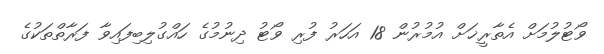
ވޯޓުލުމަށް އެތާރީޚަށް އުމުރުން 18 އަހަރު ފުރި ވޯޓު ދިނުމުގެ ހައްގުލިބިފައިވާ ފަރާތްތަކުގެ